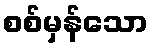
စစ်မှန်သော